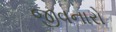
જીવનારો